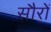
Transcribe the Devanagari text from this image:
सौरों